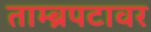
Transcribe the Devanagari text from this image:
ताम्ब्रपटावर